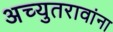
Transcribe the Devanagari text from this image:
अच्युतरावांना